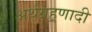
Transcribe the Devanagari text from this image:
अर्थग्रहणादी